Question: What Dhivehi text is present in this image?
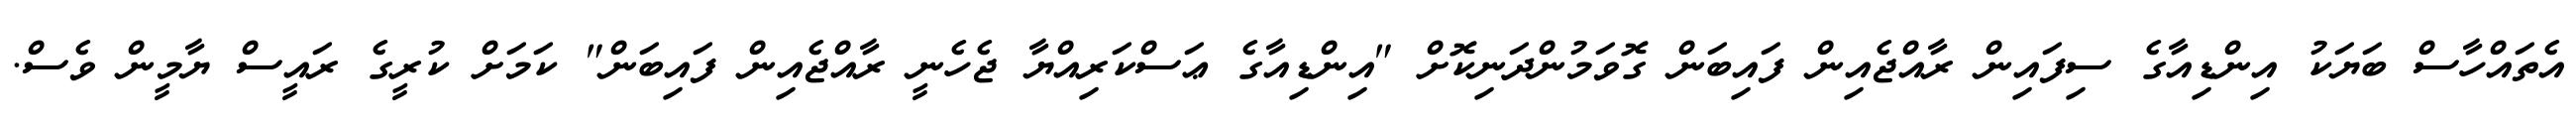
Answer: އެތައްހާސް ބަޔަކު އިންޑިއާގެ ސިފައިން ރާއްޖެއިން ފައިބަން ގޮވަމުންދަނިކޮށް "އިންޑިއާގެ ޢަސްކަރިއްޔާ ޖެހެނީ ރާއްޖެއިން ފައިބަން" ކަމަށް ކުރީގެ ރައީސް ޔާމީން ވެސް.